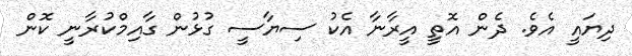
ދިޔައީ އެވެ. ދެން އޮތީ އީރާނާ އެކު ސިޔާސީ ގުޅުން ގާއިމްކުރާނީ ކޮން